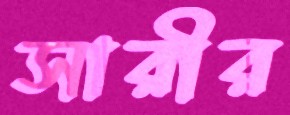
সারীর